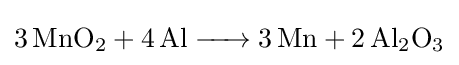
{\ce {3MnO2 + 4Al -> 3Mn + 2Al2O3}}